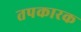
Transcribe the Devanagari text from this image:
तपकारक